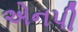
એનપી